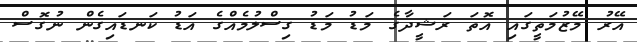
އޭރު މޭޒުމަތީގައި އޮތަ ރަޝީދާގެ މަޑު މަޑު ގިސްލުމެއްގެ އަޑު ކަނޑައިގެން ނުގޮސް